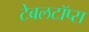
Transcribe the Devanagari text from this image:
टेबलटॉप्स